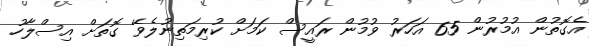
އެގޮތުން އުމުރުން 65 އަހަރު ވުމުން ރައީސް ކަމަށް ކުރިމަތިނުލެވޭ ގޮތަށް އިސްލާހު